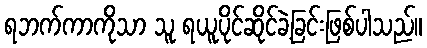
ရဘက်ကာကိုသာ သူ ရယူပိုင်ဆိုင်ခဲ့ခြင်းဖြစ်ပါသည်။